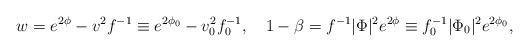
LaTeX: \begin{align*}w =e^{2\phi}-v^2 f^{-1}\equiv e^{2\phi_0}-v_0^2 f_0^{-1}, \quad1-\beta =f^{-1}|\Phi|^2e^{2\phi}\equiv f_0^{-1}|\Phi_0|^2e^{2\phi_0},\end{align*}